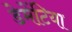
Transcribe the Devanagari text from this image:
डेमेंटिया